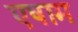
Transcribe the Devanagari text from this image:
एषाम